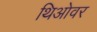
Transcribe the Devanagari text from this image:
थिओवर